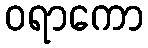
ဝရာကော